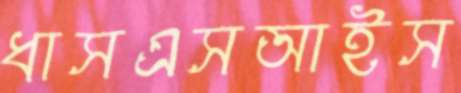
ধাসএসআইস